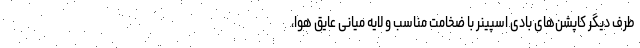
طرف دیگر کاپشن‌های بادی اسپینر با ضخامت مناسب و لایه میانی عایق هوا،